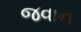
જવાન